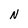
Character: N